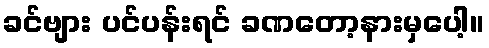
ခင်ဗျား ပင်ပန်းရင် ခဏတော့နားမှပေါ့။